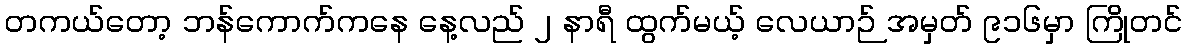
တကယ်တော့ ဘန်ကောက်ကနေ နေ့လည် ၂ နာရီ ထွက်မယ့် လေယာဉ် အမှတ် ၉၁၆မှာ ကြိုတင်